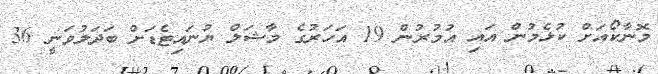
މޮނާކޯއަށް ކުޅެމުން އައި އުމުރުން 19 އަހަރުގެ މާޝަލް ޔުނައިޓެޑަށް ބަދަލުވަނީ 36